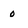
Character: 0